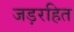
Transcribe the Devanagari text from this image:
जड़रहित